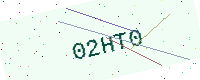
Text: 02HT0